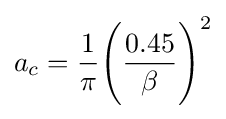
a_{c}={\frac {1}{\pi }}{\Bigg (}{\frac {0.45}{\beta }}{\Bigg )}^{2}